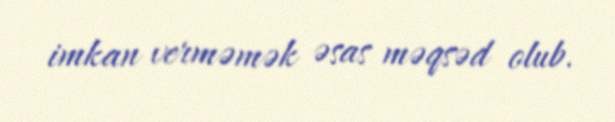
imkan verməmək əsas məqsəd olub.